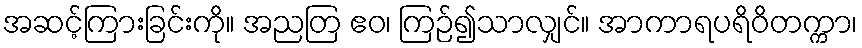
အဆင့်ကြားခြင်းကို။ အညတြ ဧဝ၊ ကြဉ်၍သာလျှင်။ အာကာရပရိဝိတက္ကာ၊